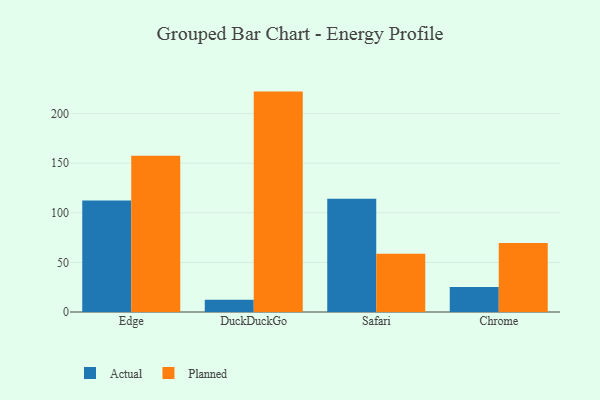
{"axis": {"x": "Browser", "y": "Revenue (USD Million)"}, "legend": ["Actual", "Planned"], "data": [{"x": "Edge", "y": 112.3, "type": "Actual"}, {"x": "Edge", "y": 157.5, "type": "Planned"}, {"x": "DuckDuckGo", "y": 12.4, "type": "Actual"}, {"x": "DuckDuckGo", "y": 222.2, "type": "Planned"}, {"x": "Safari", "y": 114.3, "type": "Actual"}, {"x": "Safari", "y": 58.7, "type": "Planned"}, {"x": "Chrome", "y": 25.1, "type": "Actual"}, {"x": "Chrome", "y": 69.5, "type": "Planned"}]}